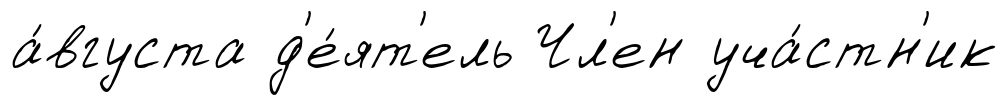
а́вгуста д'е́ят'ель Чл'ен уча́стн'ик